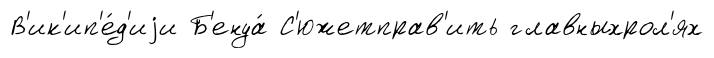
В'ик'ип'е́д'иjи Б'енуа́ С'южетправ'ить главныхрол'ях